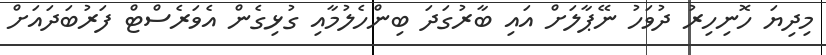
މިދިޔަ ހޮނިހިރު ދުވަހު ނޭޕާލަށް އައި ބާރުގަދަ ބިންހެލުމާއި ގުޅިގެން އެވަރެސްޓް ފަރުބަދައަށް